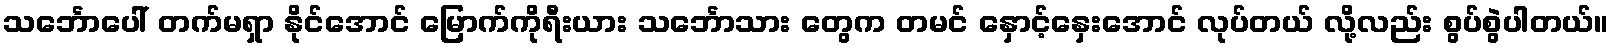
သင်္ဘောပေါ် တက်မရှာ နိုင်အောင် မြောက်ကိုရီးယား သင်္ဘောသား တွေက တမင် နှောင့်နှေးအောင် လုပ်တယ် လို့လည်း စွပ်စွဲပါတယ်။